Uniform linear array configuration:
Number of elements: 4
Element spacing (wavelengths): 0.75
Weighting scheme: exponential
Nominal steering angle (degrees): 15
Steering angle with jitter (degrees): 14.83
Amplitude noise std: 0.05
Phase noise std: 0.05

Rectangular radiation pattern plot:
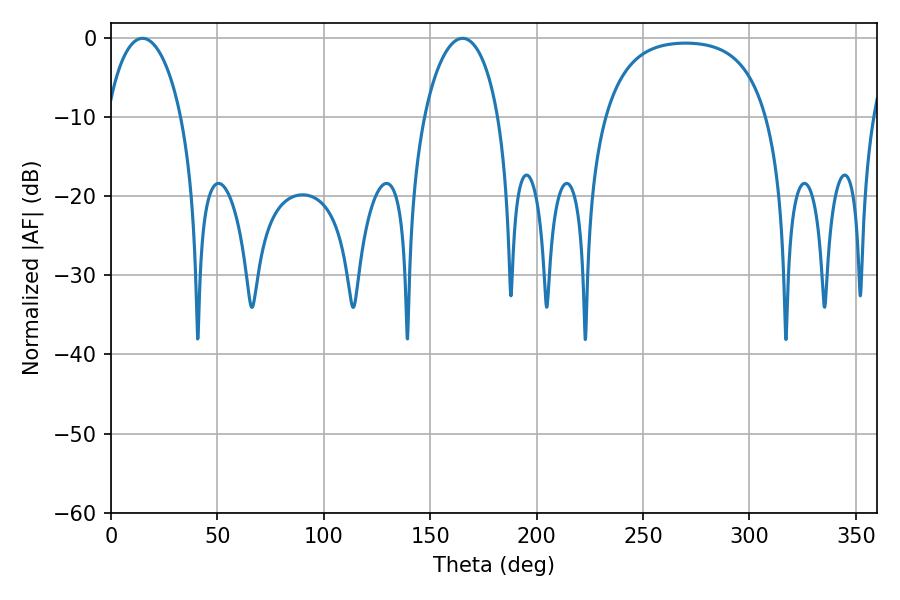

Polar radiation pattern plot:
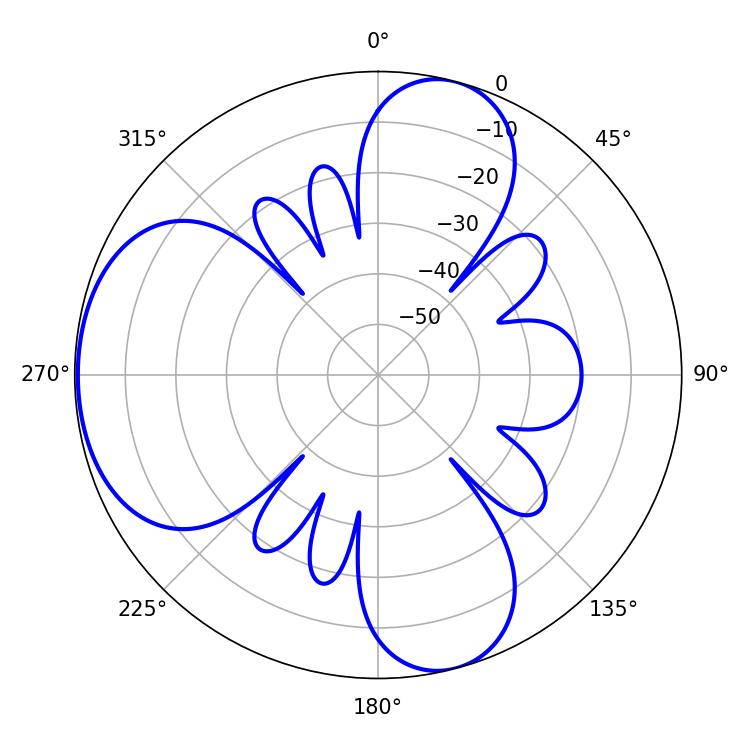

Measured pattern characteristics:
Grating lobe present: TRUE
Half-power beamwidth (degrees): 19.98
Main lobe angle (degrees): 14.76